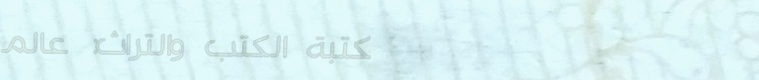
مكتبة الكتب والتراث: عالم